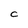
Character: c